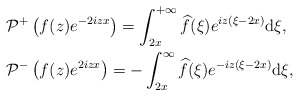
\begin{align*}&\mathcal{P}^+\left(f(z) e^{-2iz x}\right) =\int_{2x}^{+\infty} \widehat{f}(\xi)e^{iz(\xi-2x) }\mathrm{d}\xi,\\&\mathcal{P}^-\left(f(z) e^{2iz x}\right) =-\int^{\infty}_{2x} \widehat{f}(\xi)e^{-iz(\xi-2x ) }\mathrm{d}\xi,\end{align*}